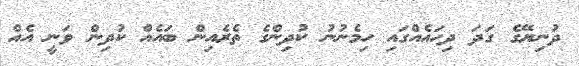
ދުނިޔޭގެ ގަދަ ދިހައެއްގައި ހިމެނުނު ކުދިންގެ ތެރެއިން ބައެއް ކުދިން ވަނީ އެއް